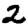
Digit: 2